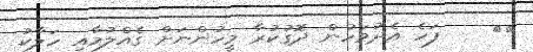
١١    ފަހެ އެދުވަހުން ދޮގުކުރާ މީހުންނަށް ގެއްލުމާއި ހަލާކު